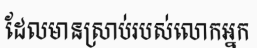
ដែលមានស្រាប់របស់លោកអ្នក